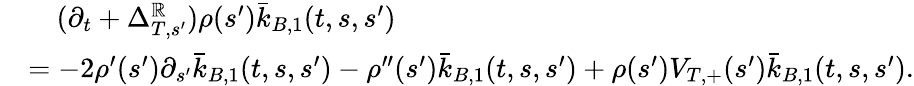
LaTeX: \begin{array}{rl}&{\ \ \ \ (\partial_{t}+\Delta_{T,s^{\prime}}^{\mathbb{R}})\rho(s^{\prime})\bar{k}_{B,1}(t,s,s^{\prime})}\\ &{=-2\rho^{\prime}(s^{\prime})\partial_{s^{\prime}}\bar{k}_{B,1}(t,s,s^{\prime})-\rho^{\prime\prime}(s^{\prime})\bar{k}_{B,1}(t,s,s^{\prime})+\rho(s^{\prime})V_{T,+}(s^{\prime})\bar{k}_{B,1}(t,s,s^{\prime}).}\end{array}